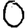
Digit: 0